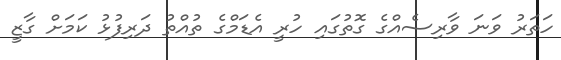
ހަތަރު ވަނަ ވާރިސެއްގެ ގޮތުގައި ހުރީ އެޑަމްގެ ތުއްތު ދަރިފުޅު ކަމަށް ގާޒީ